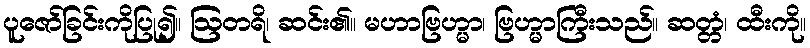
ပူဇော်ခြင်းကိုပြု၍။ ဩတရိ၊ ဆင်း၏။ မဟာဗြဟ္မာ၊ ဗြဟ္မာကြီးသည်။ ဆတ္တံ၊ ထီးကို။